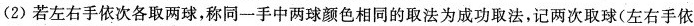
(2)若左右手依次各取两球，称同一手中两球颜色相同的取法为成功取法，记两次取球(左右手依